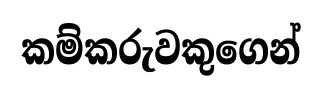
කම්කරුවකුගෙන්